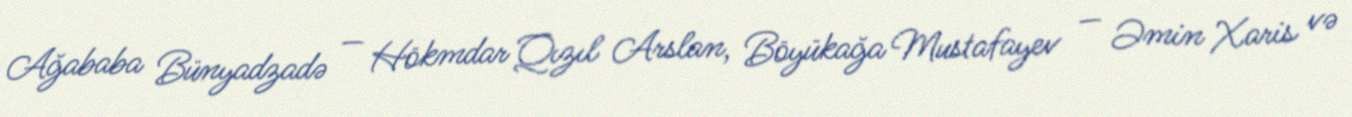
Ağababa Bünyadzadə — Hökmdar Qızıl Arslan, Böyükağa Mustafayev — Əmin Xaris və